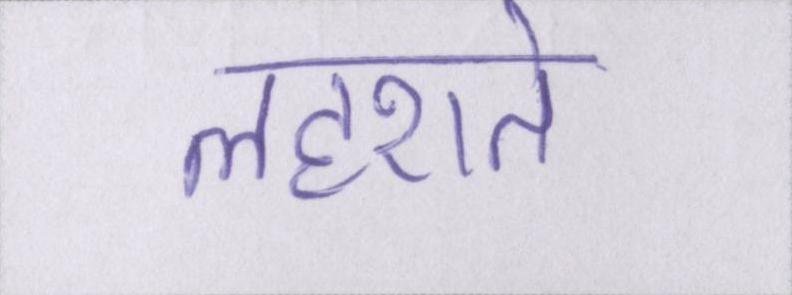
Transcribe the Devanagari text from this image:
लहराते